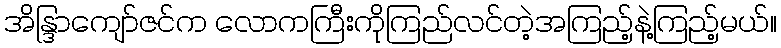
အိန္ဒြာကျော်ဇင်က လောကကြီးကိုကြည်လင်တဲ့အကြည့်နဲ့ကြည့်မယ်။